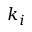
k _ { i }